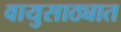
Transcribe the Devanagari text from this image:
वायुसाठ्यात